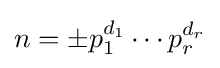
n=\pm p_{1}^{d_{1}}\cdots p_{r}^{d_{r}}